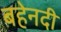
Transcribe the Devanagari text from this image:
बहेनदी